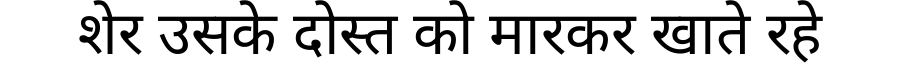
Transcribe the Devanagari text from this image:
शेर उसके दोस्त को मारकर खाते रहे